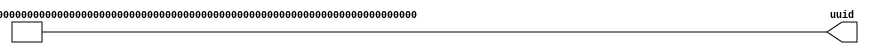
//
// Generated by Bluespec Compiler, version 2011.06.D (build 24470, 2011-06-30)
//
// On Wed Jul 20 13:56:52 EDT 2011
//
//
// Ports:
// Name                         I/O  size props
// uuid                           O   512 const
//
// No combinational paths from inputs to outputs
//
//

`ifdef BSV_ASSIGNMENT_DELAY
`else
`define BSV_ASSIGNMENT_DELAY
`endif

module mkUUID(uuid);
  // value method uuid
  output [511 : 0] uuid;

  // signals for module outputs
  wire [511 : 0] uuid;

  // value method uuid
  assign uuid =
	     512'hF0000000E0000000D0000000C0000000B0000000A000000090000000800000007000000060000000500000004000000030000000200000001000000000000000 ;
endmodule  // mkUUID